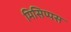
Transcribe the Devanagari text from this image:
मिसिप्पस